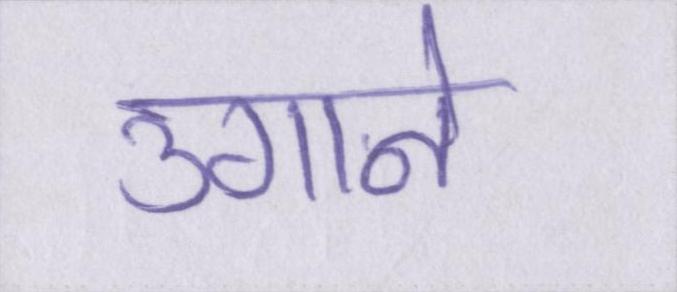
उगाने